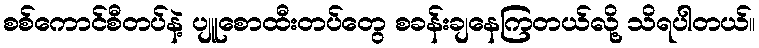
စစ်ကောင်စီတပ်နဲ့ ပျူစောထီးတပ်တွေ စခန်းချနေကြတယ်လို့ သိရပါတယ်။